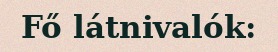
Fő látnivalók: